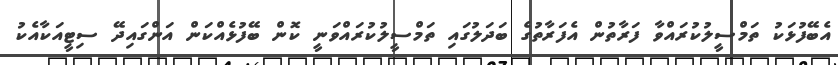
އެބޭފުޅަކު ތަމްސީލުކުރައްވާ ފަރާތުން އެފަރާތުގެ ބަދަލުގައި ތަމްސީލުކުރައްވަނީ ކޮން ބޭފުޅެއްކަން އަންގައިދޭ ސިޓީއަކާއެކު